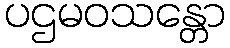
ပဌမဝသန္တော